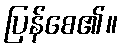
ပြန်စေ၏။